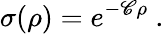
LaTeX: \sigma(\rho)=e^{-\mathscr{C}\rho}~.